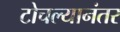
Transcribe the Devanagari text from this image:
टोचल्यानंतर